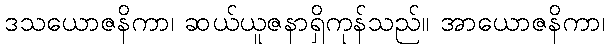
ဒသယောဇနိကာ၊ ဆယ်ယူဇနာရှိကုန်သည်။ အာယောဇနိကာ၊